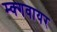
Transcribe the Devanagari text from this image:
म्क्गवायर